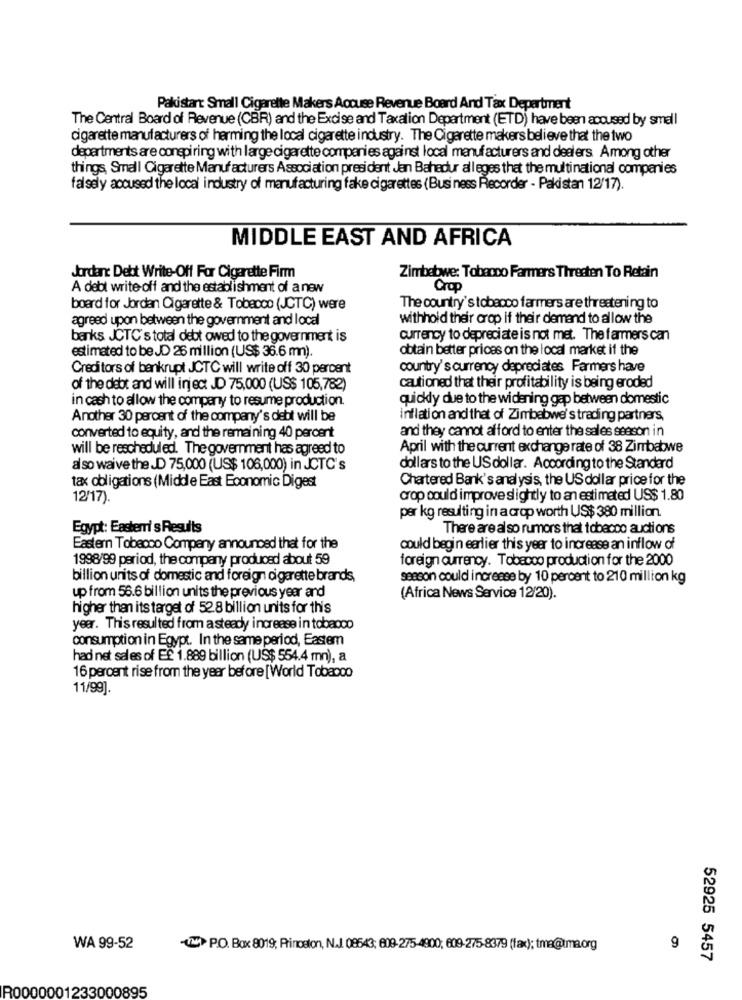
Pakistan: Small Cigarette Makers Accuse Revenue Board And Tax Department
The Central Board of Revenue (CBR) and the Excise and Taxation Department (ETD) have been accused by small
cigarette manufacturers of herming the local cigarette industry. The Cigarette makers believe that the two
departments are conspi ring with large cigarette companies against local manufacturers and dealers Among other
things, Small Cigarette Manufacturers Association president Jan Bahadur alleges that the multinational companies
falsely accused the local industry of manufacturing fake cigarettes (Bus ness Recorder - Pakistan 12/17).
MIDDLE EAST AND AFRICA
Jordan: Debt Write-Off For Cigarette Firm
Zimbabwe: Tobacco Farmers Thresten To Retain
A debt write off and the establishment of a new
Crop
board for Jordan Cigarette & Tobacco (JCTC) were
The country's tobacco farmers are threatening to
agreed upon between the government and local
withhold their crop if their demand to allow the
banks JCTC's total debt owed to the government is
currency to depreci ate is not met. The farmers can
estimated to be JD 26 million (US$ 36.6 m).
obtain better prices on the local market if the
Creditors of bankrupt JCTC will write off 30 percent
country's currency depreci ates Farmers have
of the debt and will inject JD 75,000 (US$ 105,782)
cautioned that their profitability is being eroded
in cash to allow the company to resume production.
quickdy due to the widening gap between domestic
Another 30 percent of the company's debt will be
inflation and that of Zimbabwe's trading partners,
and they cannot afford to enter the sales season in
converted to equity, and the remaining 40 percent
will be rescheduled. The government has agreed to
April with the current exchange rate of 38 Zimbabwe
also waive the _D 75,000 (US$ 106,000) in JCTC's
dollars to the US dollar. According to the Standard
Chartered Bank's analysis, the US dollar price for the
tax obligations (Middle East Economic Digest
12/17).
crop could improve slightly to an estimated US$ 1.80
per kg resulting in a crop worth US$ 380 million.
Egypt: Easterri s Results
There are also rumors that tobacco auctions
Eastern Tobacco Company announced that for the
could begin earlier this year to increase an inflow of
1998/99 period, the company produced about 59
foreign currency. Tobacco production for the 2000
billion units of domestic and foreign cigarette brands,
sescon could increase by 10 percent to 210 million kg
up from 56.6 billion units the previous year and
(Africa News Service 12/20).
higher than its target of 52.8 billion units for this
year. This resulted from asteady increase in tobacco
consumption in Egypt. In the same period, Eastem
had net sales of Ef 1.889 billion (US$ 554.4 mn), a
16 percent rise from the year before [World Tobacco
11/99]
WA 99-52
P.O. Box 8019; Princeton, N.J. 08543; 809-275-4900; 809-275-8379 (fax); tma@tma.org
9
52925 5457
R0000001233000895